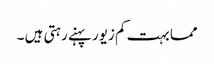
مما بہت کم زیور پہنے رہتی ہیں ۔